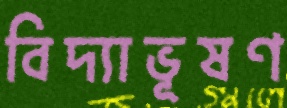
বিদ্যাভূষণ